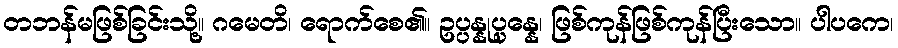
တဘန်မဖြစ်ခြင်းသို့။ ဂမေတိ၊ ရောက်စေ၏။ ဥပ္ပန္နုပ္ပန္နေ၊ ဖြစ်ကုန်ဖြစ်ကုန်ပြီးသော။ ပါပကေ၊